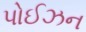
પોઈઝન